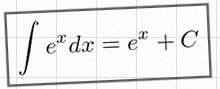
\int e^x dx=e^x+C